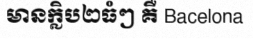
មានក្លិប២ធំៗ គឺ Bacelona